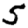
Digit: 5